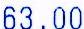
63.00